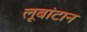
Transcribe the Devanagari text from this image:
लूबांटान